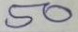
50